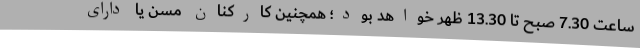
ساعت 7.30 صبح تا 13.30 ظهر خواهد بود؛ همچنین کارکنان مسن یا دارای